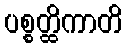
ပစ္စတ္ထိကာတိ